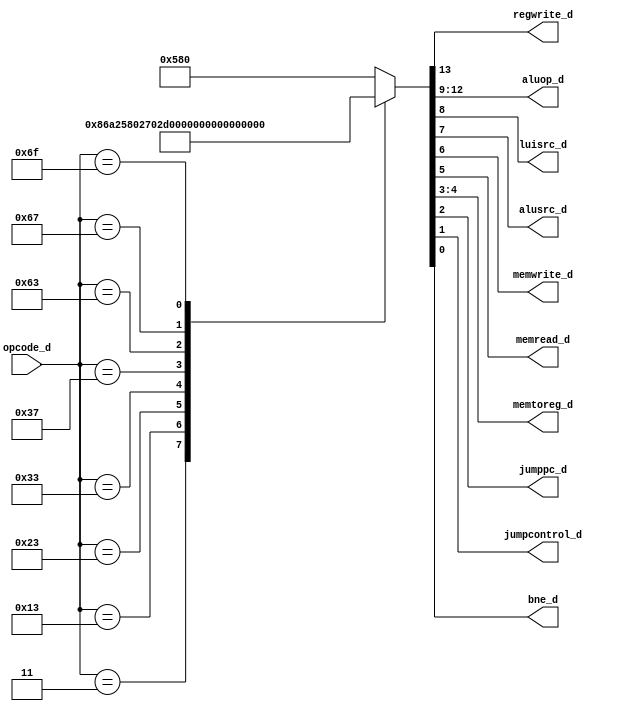
`timescale 1ns / 1ps
//////////////////////////////////////////////////////////////////////////////////
// Company: 
// Engineer: 
// 
// Design Name: 
// Module Name:    UC 
// Project Name: 
// Target Devices: 
// Tool versions: 
// Description: 
//
// Dependencies: 
//
// Revision: 
// Revision 0.01 - File Created
// Additional Comments: 
//
//////////////////////////////////////////////////////////////////////////////////
module UC(
	input [6:0] opcode_d, // creo que podemos quitar las primeros 2 bits del opcode
	output regwrite_d,
	output [3:0] aluop_d, // revisar puede que sea reg
	output luisrc_d,
	output alusrc_d,
	output memwrite_d,
	output memread_d,
	output [1:0]memtoreg_d, // revisar puede que sea reg 
	output jumppc_d,
	output jumpcontrol_d,
	output bne_d
    );
	
	
	reg [13:0]temp_uc = 14'd0;
		
	always @(*) // creo que mejor ponerlo driven by opcode
		case(opcode_d)
			7'b0000011: temp_uc <= 14'b10000110101000; // lw y lbu
			7'b0010011: temp_uc <= 14'b10010110000000; // aritmeticas se implementa li
			7'b0100011: temp_uc <= 14'b00100111000000; // sb y sw
			7'b0110011: temp_uc <= 14'b10110100000000; // add y sub
			7'b0110111: temp_uc <= 14'b10111010000000; // lui
			7'b1100011: temp_uc <= 14'b11100100010011; // bne
			7'b1100111: temp_uc <= 14'b11101110010100; // jalr
			7'b1101111: temp_uc <= 14'b11101110010010; // jal se implementa j
				default: temp_uc <= 14'b00010110000000; // nop como default 
			endcase
			
	assign regwrite_d = temp_uc[13];
	assign aluop_d[3] = temp_uc [12]; // revisar
	assign aluop_d[2] = temp_uc [11];
	assign aluop_d[1] = temp_uc [10];
	assign aluop_d[0] = temp_uc [9];
	assign luisrc_d = temp_uc[8];
	assign alusrc_d = temp_uc [7];
	assign memwrite_d = temp_uc[6];
	assign memread_d = temp_uc[5];
	assign memtoreg_d[1] = temp_uc[4]; // revisar
	assign memtoreg_d[0] = temp_uc[3]; // revisar
	assign jumppc_d = temp_uc[2];
	assign jumpcontrol_d = temp_uc[1];
	assign bne_d = temp_uc[0];
	
	
endmodule